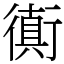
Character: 衠